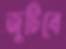
জুটিবে